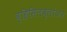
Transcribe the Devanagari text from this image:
व्हिसिलब्लोअर